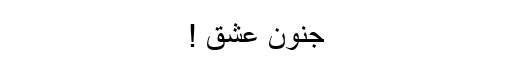
جنونِ عشق !